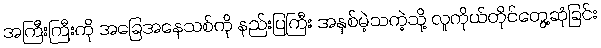
အကြီးကြီးကို အခြေအနေသစ်ကို နည်းပြကြီး အနှစ်မဲ့သကဲ့သို့ လူကိုယ်တိုင်တွေ့ဆုံခြင်း